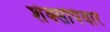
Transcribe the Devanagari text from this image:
शेक्सपियार